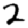
Digit: 2